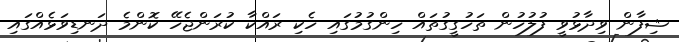
ޝިފާން ވިދާޅުވީ ފުލުހުން ތަހުގީގުތައް ހިންގުމުގައި ހެކި ރައްކާ ކުރަންޖެހޭ ކޮންމެ ދަނޑިވަޅެއްގައި